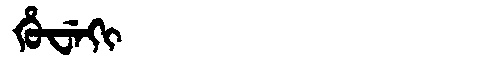
Manchu: ᡥᡠᠸᡝᡴᡳ
Romanization: HUWEKI